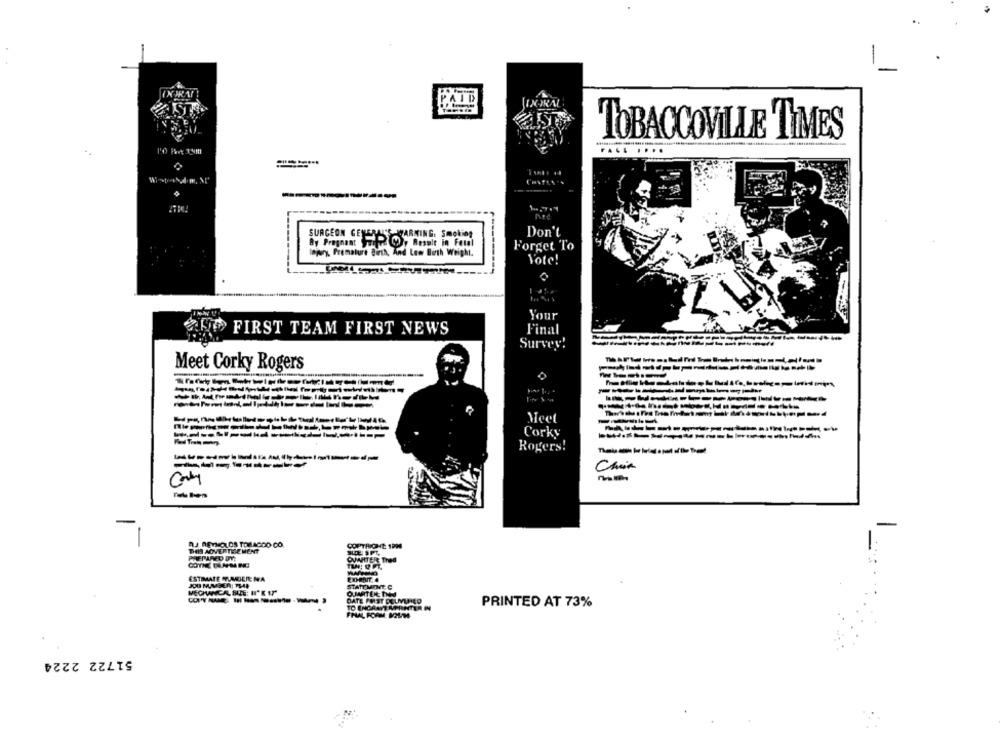
PAID
TOBACCOVILLE TIMES
Wiste\dom, \'
--
STARKING: Smoking
Don't
Low Birth Weight.
Forget To
Vote!
Your
FIRST TEAM FIRST NEWS
Final
-
Survey!
Meet Corky Rogers
Meet
Corky
Rogers!
D.J. REYNOLDS TOMACDO CO.
BHAS AOVERTREMENT
COPTRICHE 1994
COTHE BLAMING
OVAITER: Tred
ESTIMATE STUMMDER MA
STATT
OJJARTEN
DATE PM
TO ENCA
PRINTED AT 73%
FRAL FO
51722 2224